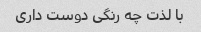
با لذت چه رنگی دوست داری